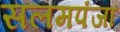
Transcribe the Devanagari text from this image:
सलमपंजा